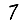
Digit: 7